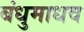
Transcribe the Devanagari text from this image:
बंधुमाधव